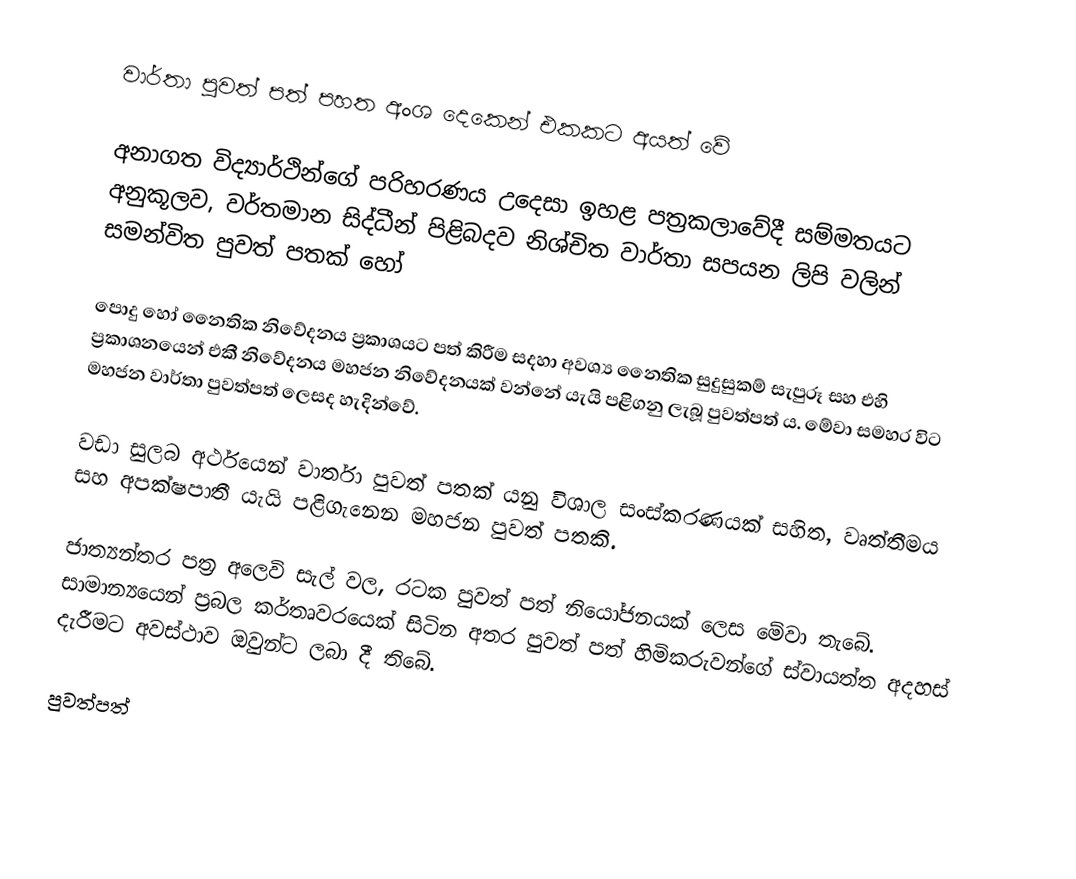
වාර්තා පුවත් පත් පහත අංශ දෙකෙන් එකකට අයත් වේ

 අනාගත විද්‍යාර්ථින්ගේ පරිහරණය උදෙසා ඉහළ පත්‍රකලාවේදී සම්මතයට අනුකූලව, වර්තමාන සිද්ධීන් පිළිබදව නිශ්චිත වාර්තා සපයන ලිපි වලින් සමන්විත පුවත් පතක් හෝ

 පොදු හෝ නෛතික නිවේදනය ප්‍රකාශයට පත් කිරීම සදහා අවශ්‍ය නෛතික සුදුසුකම් සැපුරූ සහ එහි ප්‍රකාශනයෙන් එකී නිවේදනය මහජන නිවේදනයක් වන්නේ යැයි පළිගනු ලැබූ පුවත්පත් ය. මේවා සමහර විට මහජන වාර්තා පුවත්පත් ලෙසද හැදින්වේ.

වඩා සුලබ අර්ථයෙන් වාර්තා පුවත් පතක් යනු විශාල සංස්කරණයක් සහිත, වෘත්තීමය සහ අපක්ෂපාතී යැයි පළිගැනෙන මහජන පුවත් පතකි.

ජාත්‍යන්තර පත්‍ර අලෙවි සැල් වල, රටක පුවත් පත් නියෝජනයක් ලෙස මේවා තැබේ. සාමාන්‍යයෙන් ප්‍රබල කර්තෘවරයෙක් සිටින අතර පුවත් පත් හිමිකරුවන්ගේ ස්වායත්ත අදහස් දැරීමට අවස්ථාව ඔවුන්ට ලබා දී තිබේ.

පුවත්පත්